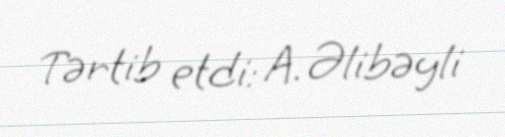
Tərtib etdi: A. Əlibəyli